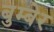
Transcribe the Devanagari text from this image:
बुम्बेर